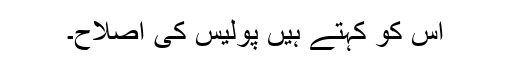
اس کو کہتے ہیں پولیس کی اصلاح۔